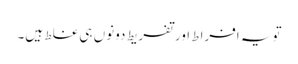
تویہ افراط اور تفریط دونوں ہی غلط ہیں۔